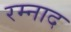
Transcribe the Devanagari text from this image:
रम्नाद